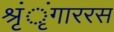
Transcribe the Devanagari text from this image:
श्रृंृंगाररस